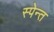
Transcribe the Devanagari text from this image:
स्पेन्त